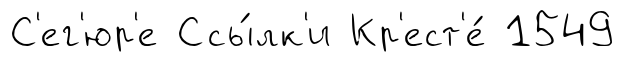
С'ег'юр'е Ссы́лк'и Кр'ест'е́ 1549